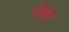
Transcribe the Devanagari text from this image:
शेर्बत